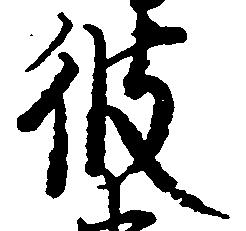
彼